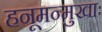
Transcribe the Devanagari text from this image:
हनूमन्मुखाः